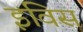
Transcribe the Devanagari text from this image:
इविस